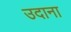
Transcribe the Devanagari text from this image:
उदाना